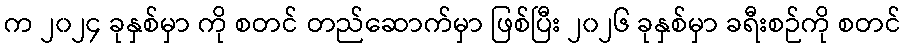
က ၂၀၂၄ ခုနှစ်မှာ ကို စတင် တည်ဆောက်မှာ ဖြစ်ပြီး ၂၀၂၆ ခုနှစ်မှာ ခရီးစဉ်ကို စတင်